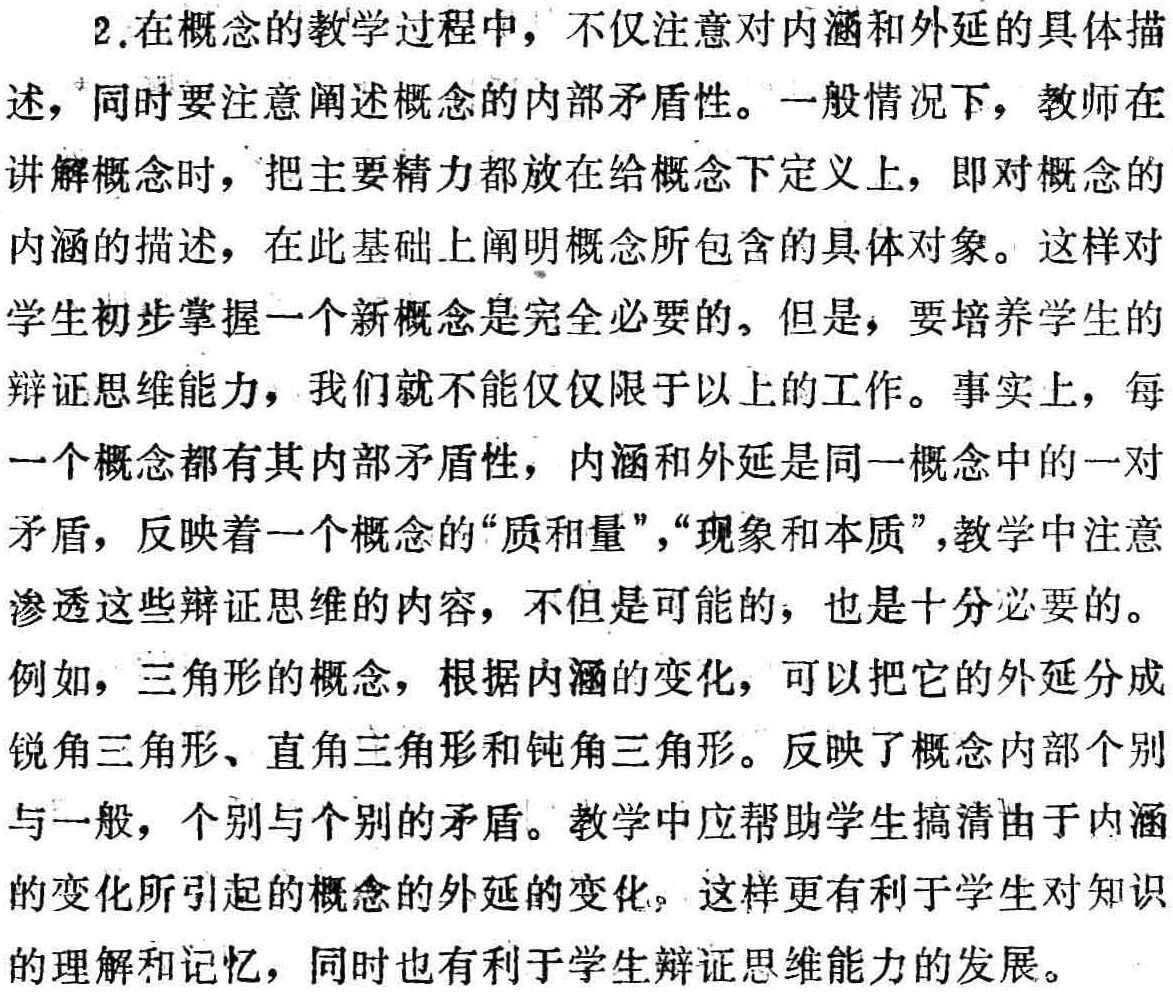
2.在概念的教学过程中，不仅注意对内涵和外延的具体描述，同时要注意阐述概念的内部矛盾性。一般情况下，教师在讲解概念时，把主要精力都放在给概念下定义上，即对概念的内涵的描述，在此基础上阐明概念所包含的具体对象。这样对学生初步掌握一个新概念是完全必要的。但是，要培养学生的辩证思维能力，我们就不能仅仅限于以上的工作。事实上，每一个概念都有其内部矛盾性，内涵和外延是同一概念中的一对矛盾，反映着一个概念的“质和量”，“现象和本质”，教学中注意渗透这些辩证思维的内容，不但是可能的，也是十分必要的。
例如，三角形的概念，根据内涵的变化，可以把它的外延分成锐角三角形、直角三角形和钝角三角形。反映了概念内部个别与一般，个别与个别的矛盾。教学中应帮助学生搞清由于内涵的变化所引起的概念的外延的变化。这样更有利于学生对知识的理解和记忆，同时也有利于学生辩证思维能力的发展。